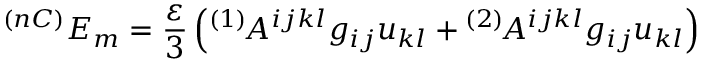
^ { ( n C ) } E _ { m } = \frac { \varepsilon } 3 \left( ^ { ( 1 ) } \! A ^ { i j k l } g _ { i j } u _ { k l } + { } ^ { ( 2 ) } \! A ^ { i j k l } g _ { i j } u _ { k l } \right)